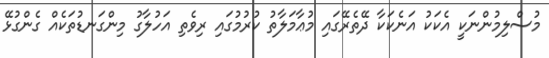
މުސްލިމުންނަކީ އެކަކު އަނެކަކާ ދޭތެރޭގައި މުޢާމަލާތު ކުރުމުގައި ރިވެތި އަހުލާގު މިންގަނޑުތަކެއް ގެންގުޅޭ